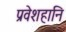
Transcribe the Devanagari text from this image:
प्रवेशहानि